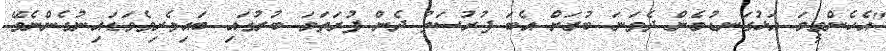
"އެހެންވީމަ އަޅުގަނޑުމެން ދެވަނަ ބުރަށް އެބަ ފުރުސަތު ދެން ފުރަތަމަ ބުރުގައި ބައިވެރިވެވަޑައިނުގެންނެވޭ